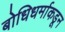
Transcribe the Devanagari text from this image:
बोधिधर्माकडून